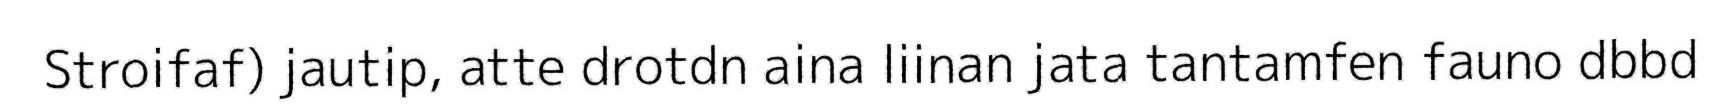
Stroifaf) jautip, atte drotdn aina liinan jata tantamfen fauno dbbd